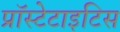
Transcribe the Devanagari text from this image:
प्रॉस्टेटाइटिस